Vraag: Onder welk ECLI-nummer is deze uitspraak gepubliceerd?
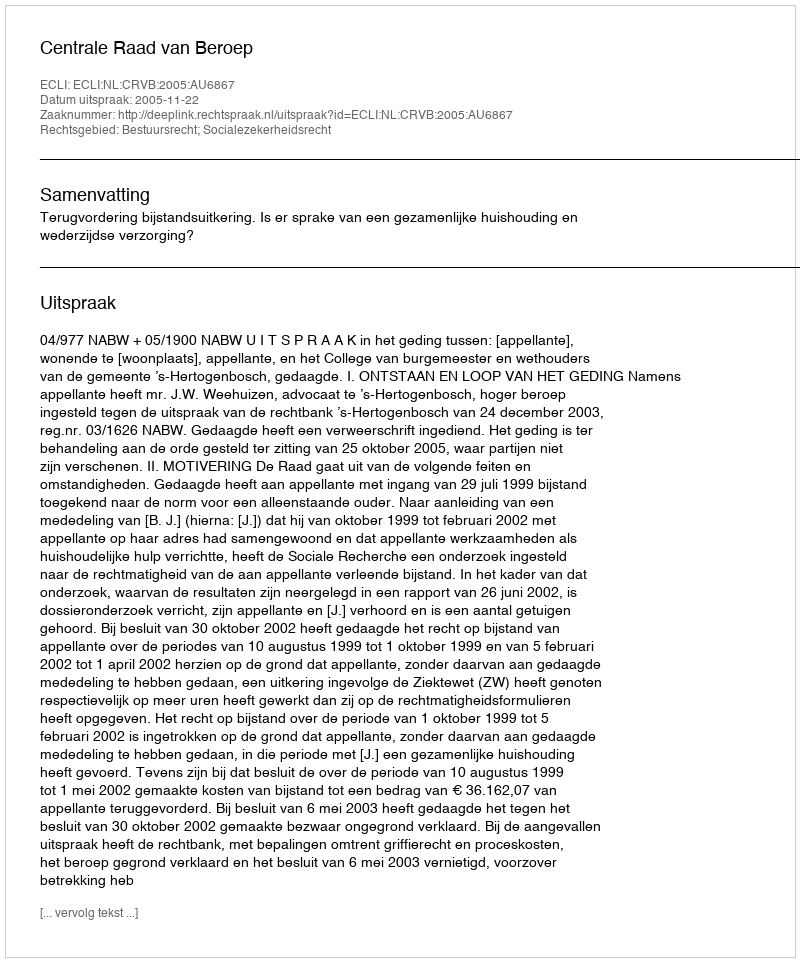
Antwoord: ECLI:NL:CRVB:2005:AU6867